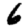
Digit: 6